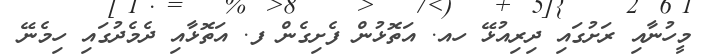
މީހުނާއި ރަށުގައި ދިރިއުޅޭ ހއ. އަތޮޅުން ފެށިގެން ފ. އަތޮޅާއި ދެމެދުގައި ހިމެނޭ